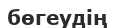
бөгеудің